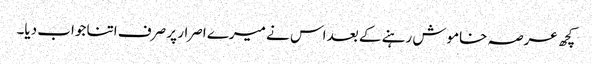
کچھ عرصہ خاموش رہنے کے بعد اس نے میرے اصرار پر صرف اتنا جواب دیا۔